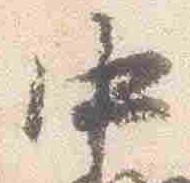
中